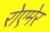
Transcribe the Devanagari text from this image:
रोएमेर